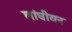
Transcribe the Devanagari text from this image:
लांघीयन